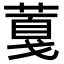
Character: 𦸘